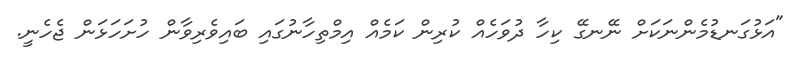
"އަޅުގަނޑުމެންނަކަށް ނޭނގޭ ކިހާ ދުވަހެއް ކުރިން ކަމެއް އިމްތިހާނުގައި ބައިވެރިވާން ހުށަހަޅަން ޖެހެނީ.